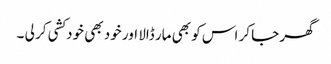
گھر جا کر اس کو بھی مار ڈالا اور خود بھی خودکشی کر لی ۔